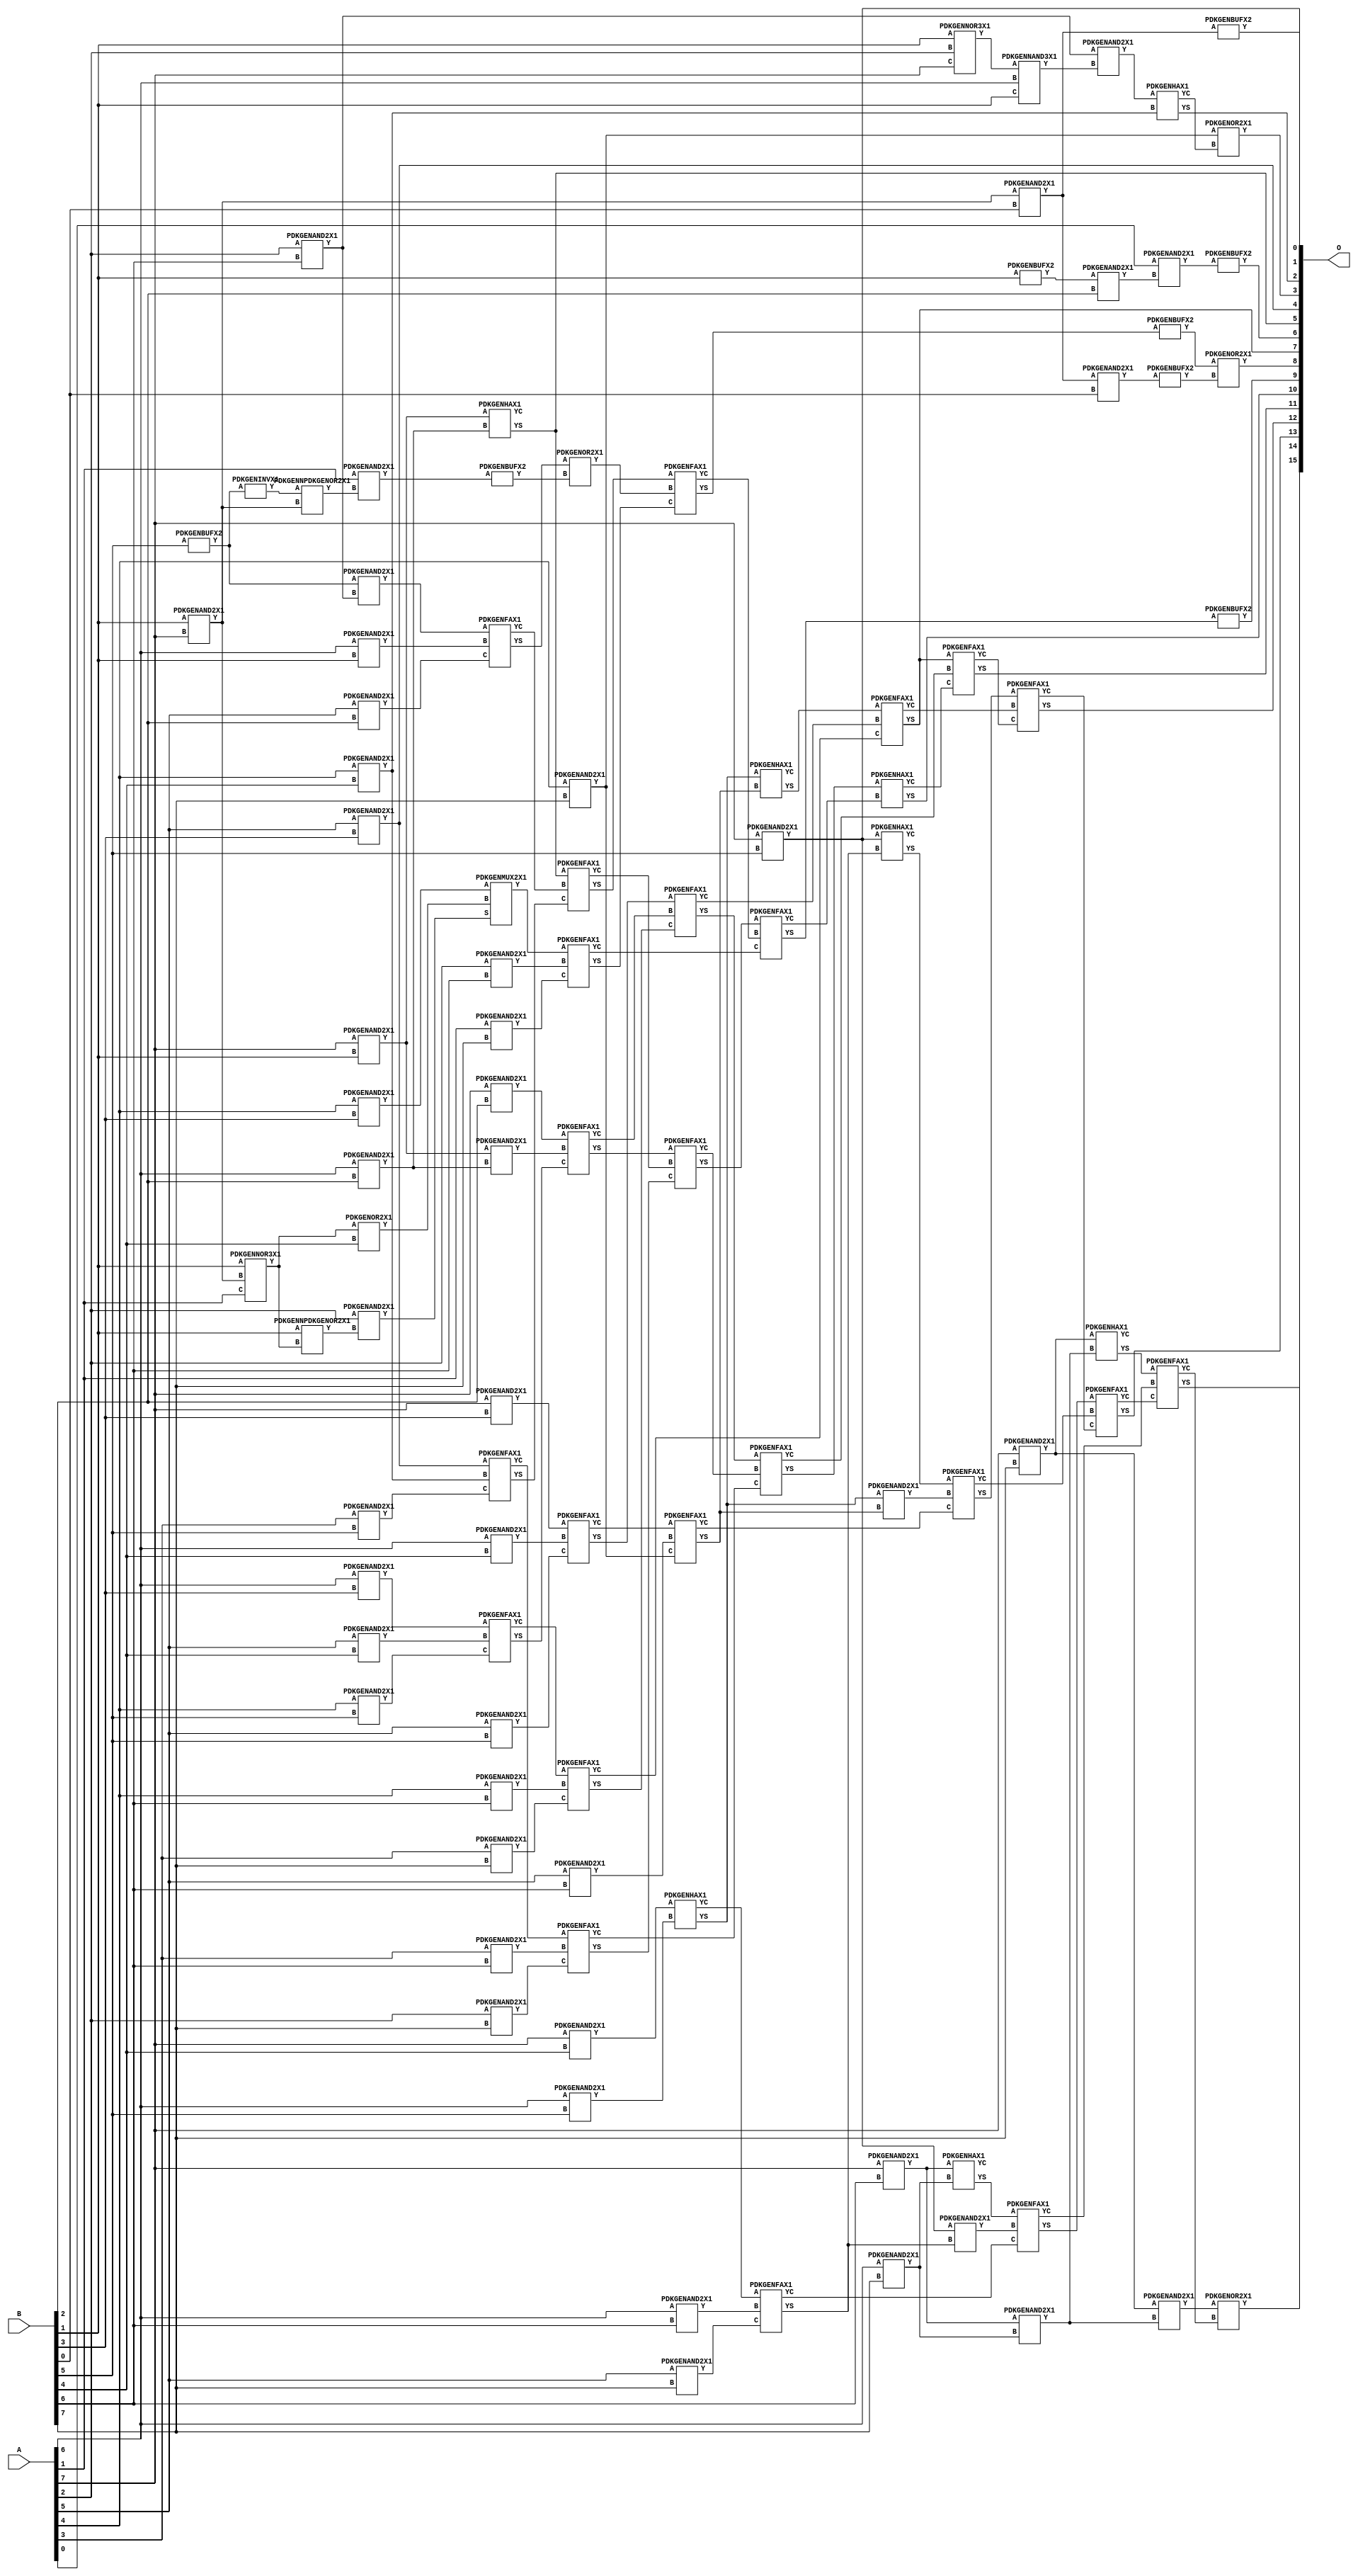
// Library = EvoApprox8b
// Circuit = mul8_315
// Area   (180) = 5500
// Delay  (180) = 2.600
// Power  (180) = 2569.30
// Area   (45) = 399
// Delay  (45) = 1.010
// Power  (45) = 218.70
// Nodes = 97
// HD = 306664
// MAE = 173.75568
// MSE = 49499.96875
// MRE = 5.21 %
// WCE = 950
// WCRE = 967 %
// EP = 98.6 %

module mul8_315(A, B, O);
  input [7:0] A;
  input [7:0] B;
  output [15:0] O;
  wire [2031:0] N;

  assign N[0] = A[0];
  assign N[1] = A[0];
  assign N[2] = A[1];
  assign N[3] = A[1];
  assign N[4] = A[2];
  assign N[5] = A[2];
  assign N[6] = A[3];
  assign N[7] = A[3];
  assign N[8] = A[4];
  assign N[9] = A[4];
  assign N[10] = A[5];
  assign N[11] = A[5];
  assign N[12] = A[6];
  assign N[13] = A[6];
  assign N[14] = A[7];
  assign N[15] = A[7];
  assign N[16] = B[0];
  assign N[17] = B[0];
  assign N[18] = B[1];
  assign N[19] = B[1];
  assign N[20] = B[2];
  assign N[21] = B[2];
  assign N[22] = B[3];
  assign N[23] = B[3];
  assign N[24] = B[4];
  assign N[25] = B[4];
  assign N[26] = B[5];
  assign N[27] = B[5];
  assign N[28] = B[6];
  assign N[29] = B[6];
  assign N[30] = B[7];
  assign N[31] = B[7];

  PDKGENAND2X1 n32(.A(N[18]), .B(N[14]), .Y(N[32]));
  assign N[33] = N[32];
  PDKGENNOR3X1 n34(.A(N[18]), .B(N[4]), .C(N[14]), .Y(N[34]));
  assign N[35] = N[34];
  PDKGENAND2X1 n46(.A(N[33]), .B(N[16]), .Y(N[46]));
  assign N[47] = N[46];
  PDKGENBUFX2 n48(.A(N[18]), .Y(N[48]));
  assign N[49] = N[48];
  PDKGENBUFX2 n50(.A(N[26]), .Y(N[50]));
  assign N[51] = N[50];
  PDKGENNOR3X1 n54(.A(N[18]), .B(N[32]), .C(N[2]), .Y(N[54]));
  assign N[55] = N[54];
  PDKGENNPDKGENOR2X1 n56(.A(N[18]), .B(N[54]), .Y(N[56]));
  PDKGENAND2X1 n60(.A(N[4]), .B(N[28]), .Y(N[60]));
  PDKGENINVX1 n62(.A(N[51]), .Y(N[62]));
  assign N[63] = N[62];
  PDKGENNPDKGENOR2X1 n70(.A(N[63]), .B(N[32]), .Y(N[70]));
  PDKGENAND2X1 n78(.A(N[47]), .B(N[16]), .Y(N[78]));
  PDKGENAND2X1 n102(.A(N[49]), .B(N[20]), .Y(N[102]));
  PDKGENNAND3X1 n114(.A(N[35]), .B(N[12]), .C(N[18]), .Y(N[114]));
  PDKGENAND2X1 n120(.A(N[2]), .B(N[70]), .Y(N[120]));
  assign N[121] = N[120];
  PDKGENAND2X1 n134(.A(N[51]), .B(N[60]), .Y(N[134]));
  PDKGENBUFX2 n150(.A(N[78]), .Y(N[150]));
  PDKGENAND2X1 n238(.A(N[12]), .B(N[18]), .Y(N[238]));
  PDKGENAND2X1 n254(.A(N[14]), .B(N[18]), .Y(N[254]));
  PDKGENAND2X1 n342(.A(N[10]), .B(N[20]), .Y(N[342]));
  assign N[343] = N[342];
  PDKGENAND2X1 n356(.A(N[12]), .B(N[20]), .Y(N[356]));
  PDKGENAND2X1 n372(.A(N[14]), .B(N[20]), .Y(N[372]));
  PDKGENAND2X1 n446(.A(N[8]), .B(N[22]), .Y(N[446]));
  PDKGENAND2X1 n460(.A(N[10]), .B(N[22]), .Y(N[460]));
  assign N[461] = N[460];
  PDKGENAND2X1 n476(.A(N[12]), .B(N[22]), .Y(N[476]));
  PDKGENAND2X1 n490(.A(N[14]), .B(N[22]), .Y(N[490]));
  PDKGENOR2X1 n550(.A(N[55]), .B(N[24]), .Y(N[550]));
  PDKGENAND2X1 n564(.A(N[8]), .B(N[24]), .Y(N[564]));
  PDKGENAND2X1 n580(.A(N[10]), .B(N[24]), .Y(N[580]));
  PDKGENAND2X1 n594(.A(N[12]), .B(N[24]), .Y(N[594]));
  PDKGENAND2X1 n608(.A(N[14]), .B(N[24]), .Y(N[608]));
  PDKGENAND2X1 n654(.A(N[4]), .B(N[56]), .Y(N[654]));
  PDKGENAND2X1 n668(.A(N[6]), .B(N[26]), .Y(N[668]));
  PDKGENAND2X1 n682(.A(N[8]), .B(N[26]), .Y(N[682]));
  PDKGENAND2X1 n698(.A(N[10]), .B(N[26]), .Y(N[698]));
  PDKGENAND2X1 n712(.A(N[12]), .B(N[26]), .Y(N[712]));
  PDKGENAND2X1 n728(.A(N[14]), .B(N[26]), .Y(N[728]));
  assign N[729] = N[728];
  PDKGENAND2X1 n772(.A(N[4]), .B(N[28]), .Y(N[772]));
  PDKGENAND2X1 n786(.A(N[6]), .B(N[28]), .Y(N[786]));
  PDKGENAND2X1 n802(.A(N[8]), .B(N[28]), .Y(N[802]));
  PDKGENAND2X1 n816(.A(N[10]), .B(N[28]), .Y(N[816]));
  PDKGENAND2X1 n832(.A(N[12]), .B(N[28]), .Y(N[832]));
  PDKGENAND2X1 n846(.A(N[14]), .B(N[28]), .Y(N[846]));
  PDKGENAND2X1 n860(.A(N[0]), .B(N[102]), .Y(N[860]));
  assign N[861] = N[860];
  PDKGENAND2X1 n876(.A(N[2]), .B(N[30]), .Y(N[876]));
  PDKGENAND2X1 n890(.A(N[4]), .B(N[30]), .Y(N[890]));
  PDKGENAND2X1 n906(.A(N[6]), .B(N[30]), .Y(N[906]));
  PDKGENAND2X1 n920(.A(N[8]), .B(N[30]), .Y(N[920]));
  assign N[921] = N[920];
  PDKGENAND2X1 n934(.A(N[10]), .B(N[30]), .Y(N[934]));
  PDKGENAND2X1 n950(.A(N[12]), .B(N[30]), .Y(N[950]));
  PDKGENAND2X1 n964(.A(N[14]), .B(N[30]), .Y(N[964]));
  PDKGENBUFX2 n980(.A(N[46]), .Y(N[980]));
  PDKGENAND2X1 n994(.A(N[60]), .B(N[114]), .Y(N[994]));
  PDKGENBUFX2 n1054(.A(N[121]), .Y(N[1054]));
  assign N[1055] = N[1054];
  PDKGENFAX1 n1068(.A(N[134]), .B(N[238]), .C(N[343]), .YS(N[1068]), .YC(N[1069]));
  PDKGENAND2X1 n1082(.A(N[254]), .B(N[356]), .Y(N[1082]));
  PDKGENHAX1 n1098(.A(N[254]), .B(N[356]), .YS(N[1098]), .YC(N[1099]));
  PDKGENMUX2X1 n1156(.A(N[446]), .B(N[550]), .S(N[654]), .Y(N[1156]));
  assign N[1157] = N[1156];
  PDKGENFAX1 n1172(.A(N[460]), .B(N[564]), .C(N[668]), .YS(N[1172]), .YC(N[1173]));
  PDKGENFAX1 n1186(.A(N[476]), .B(N[580]), .C(N[682]), .YS(N[1186]), .YC(N[1187]));
  PDKGENFAX1 n1202(.A(N[490]), .B(N[594]), .C(N[698]), .YS(N[1202]), .YC(N[1203]));
  PDKGENHAX1 n1232(.A(N[608]), .B(N[712]), .YS(N[1232]), .YC(N[1233]));
  PDKGENHAX1 n1246(.A(N[994]), .B(N[564]), .YS(N[1246]), .YC(N[1247]));
  PDKGENOR2X1 n1320(.A(N[1068]), .B(N[1055]), .Y(N[1320]));
  assign N[1321] = N[1320];
  PDKGENFAX1 n1334(.A(N[1098]), .B(N[1069]), .C(N[1172]), .YS(N[1334]), .YC(N[1335]));
  PDKGENFAX1 n1350(.A(N[372]), .B(N[1082]), .C(N[1186]), .YS(N[1350]), .YC(N[1351]));
  PDKGENFAX1 n1394(.A(N[1157]), .B(N[772]), .C(N[876]), .YS(N[1394]), .YC(N[1395]));
  PDKGENFAX1 n1408(.A(N[1173]), .B(N[786]), .C(N[890]), .YS(N[1408]), .YC(N[1409]));
  PDKGENFAX1 n1424(.A(N[1187]), .B(N[802]), .C(N[906]), .YS(N[1424]), .YC(N[1425]));
  PDKGENFAX1 n1438(.A(N[1203]), .B(N[816]), .C(N[920]), .YS(N[1438]), .YC(N[1439]));
  PDKGENFAX1 n1454(.A(N[1233]), .B(N[832]), .C(N[934]), .YS(N[1454]), .YC(N[1455]));
  PDKGENAND2X1 n1468(.A(N[846]), .B(N[950]), .Y(N[1468]));
  PDKGENHAX1 n1482(.A(N[846]), .B(N[950]), .YS(N[1482]), .YC(N[1483]));
  PDKGENOR2X1 n1498(.A(N[921]), .B(N[1247]), .Y(N[1498]));
  PDKGENFAX1 n1572(.A(N[1334]), .B(N[1321]), .C(N[1394]), .YS(N[1572]), .YC(N[1573]));
  PDKGENFAX1 n1586(.A(N[1350]), .B(N[1335]), .C(N[1408]), .YS(N[1586]), .YC(N[1587]));
  PDKGENFAX1 n1602(.A(N[1202]), .B(N[1351]), .C(N[1424]), .YS(N[1602]), .YC(N[1603]));
  PDKGENAND2X1 n1616(.A(N[1232]), .B(N[1438]), .Y(N[1616]));
  PDKGENHAX1 n1632(.A(N[1232]), .B(N[1438]), .YS(N[1632]), .YC(N[1633]));
  PDKGENAND2X1 n1646(.A(N[728]), .B(N[1454]), .Y(N[1646]));
  PDKGENHAX1 n1660(.A(N[728]), .B(N[1454]), .YS(N[1660]), .YC(N[1661]));
  PDKGENBUFX2 n1734(.A(N[1572]), .Y(N[1734]));
  PDKGENFAX1 n1750(.A(N[1586]), .B(N[1573]), .C(N[1395]), .YS(N[1750]), .YC(N[1751]));
  PDKGENFAX1 n1764(.A(N[1602]), .B(N[1587]), .C(N[1409]), .YS(N[1764]), .YC(N[1765]));
  PDKGENFAX1 n1780(.A(N[1632]), .B(N[1603]), .C(N[1425]), .YS(N[1780]), .YC(N[1781]));
  PDKGENFAX1 n1794(.A(N[1660]), .B(N[1616]), .C(N[1439]), .YS(N[1794]), .YC(N[1795]));
  PDKGENFAX1 n1808(.A(N[1482]), .B(N[1646]), .C(N[1455]), .YS(N[1808]), .YC(N[1809]));
  PDKGENAND2X1 n1824(.A(N[964]), .B(N[1468]), .Y(N[1824]));
  PDKGENHAX1 n1838(.A(N[964]), .B(N[1468]), .YS(N[1838]), .YC(N[1839]));
  PDKGENBUFX2 n1868(.A(N[861]), .Y(N[1868]));
  PDKGENOR2X1 n1898(.A(N[1734]), .B(N[150]), .Y(N[1898]));
  PDKGENBUFX2 n1912(.A(N[1750]), .Y(N[1912]));
  PDKGENHAX1 n1928(.A(N[1764]), .B(N[1751]), .YS(N[1928]), .YC(N[1929]));
  PDKGENFAX1 n1942(.A(N[1780]), .B(N[1765]), .C(N[1929]), .YS(N[1942]), .YC(N[1943]));
  PDKGENFAX1 n1956(.A(N[1794]), .B(N[1781]), .C(N[1943]), .YS(N[1956]), .YC(N[1957]));
  PDKGENFAX1 n1972(.A(N[1808]), .B(N[1795]), .C(N[1957]), .YS(N[1972]), .YC(N[1973]));
  PDKGENFAX1 n1986(.A(N[1838]), .B(N[1809]), .C(N[1973]), .YS(N[1986]), .YC(N[1987]));
  PDKGENOR2X1 n2016(.A(N[1824]), .B(N[1987]), .Y(N[2016]));

  assign O[0] = N[729];
  assign O[1] = N[980];
  assign O[2] = N[1246];
  assign O[3] = N[1498];
  assign O[4] = N[461];
  assign O[5] = N[1098];
  assign O[6] = N[1868];
  assign O[7] = N[1780];
  assign O[8] = N[1898];
  assign O[9] = N[1912];
  assign O[10] = N[1928];
  assign O[11] = N[1942];
  assign O[12] = N[1956];
  assign O[13] = N[1972];
  assign O[14] = N[1986];
  assign O[15] = N[2016];

endmodule
/* mod */
module PDKGENFAX1( input A, input B, input C, output YS, output YC );
    assign YS = (A ^ B) ^ C;
    assign YC = (A & B) | (B & C) | (A & C);
endmodule
/* mod */
module PDKGENMUX2X1( input A, input B, input S, output Y );
    assign Y = (A & ~S) | (B & S);
endmodule
/* mod */
module PDKGENHAX1( input A, input B, output YS, output YC );
    assign YS = A ^ B;
    assign YC = A & B;
endmodule
/* mod */
module PDKGENNOR3X1(input A, input B, input C, output Y );
     assign Y = ~((A | B) | C);
endmodule
/* mod */
module PDKGENAND2X1(input A, input B, output Y );
     assign Y = A & B;
endmodule
/* mod */
module PDKGENINVX1(input A, output Y );
     assign Y = ~A;
endmodule
/* mod */
module PDKGENNPDKGENOR2X1(input A, input B, output Y );
     assign Y = ~(A | B);
endmodule
/* mod */
module PDKGENNAND3X1(input A, input B, input C, output Y );
     assign Y = ~((A & B) & C);
endmodule
/* mod */
module PDKGENBUFX2(input A, output Y );
     assign Y = A;
endmodule
/* mod */
module PDKGENOR2X1(input A, input B, output Y );
     assign Y = A | B;
endmodule